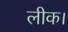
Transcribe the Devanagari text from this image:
लीक।